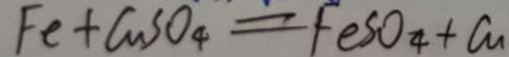
F e + C u S O _ { 4 } = F e S O _ { 4 } + C u